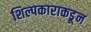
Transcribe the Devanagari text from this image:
शिल्पकाराकडून